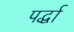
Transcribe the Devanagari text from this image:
पर्द्धा